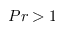
P r > 1